Annual report of the Madras Medical College
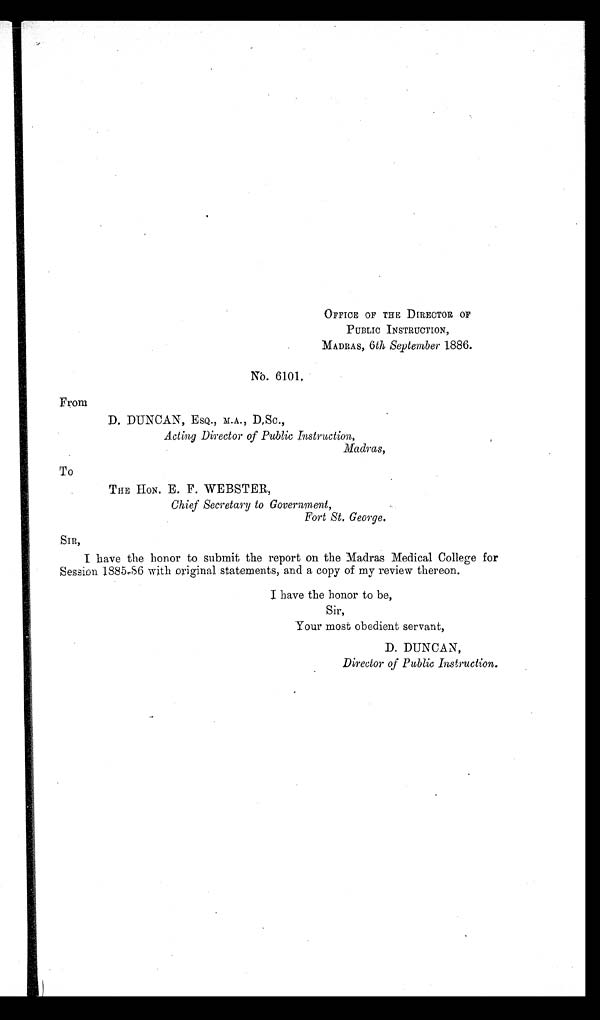
OFFICE OF THE DIRECTOR OF
PUBLIC INSTRUCTION,
MADRAS, 6th September 1886.
NO. 6101.
From
D. DUNCAN, ESQ., M.A., D, Sc.,
Acting Director of Public Instruction,
Madras,
To
THE HON. E. F. WEBSTER,
Chief Secretary to Government,
Fort St. George
,
I have the honor to submit the report on the Madras Medical College for
Session 1885-86 with original statements, and a copy of my review thereon.
Sir,
Your most obedient servant,
D. DUNCAN,
Director of Public Instruction.